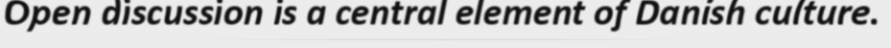
Open discussion is a central element of Danish culture.